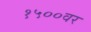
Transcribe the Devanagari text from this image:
१५००वर